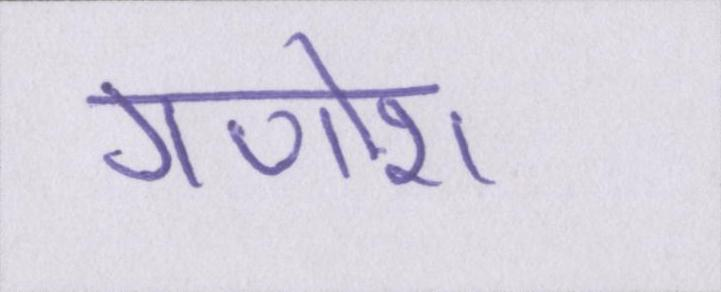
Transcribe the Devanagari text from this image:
गणोश